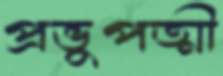
প্রভুপত্মী